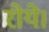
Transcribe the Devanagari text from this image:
रोये।